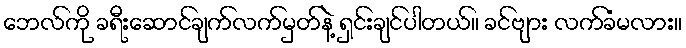
ဘေလ်ကို ခရီးဆောင်ချက်လက်မှတ်နဲ့ ရှင်းချင်ပါတယ်။ ခင်ဗျား လက်ခံမလား။